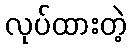
လုပ်ထားတဲ့